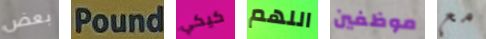
بعض pound كيكي اللهم موظفين مع